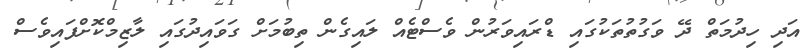
އަދި ހިދުމަތް ދޭ ވަގުތުތަކުގައި ޑްރައިވަރުން ވެސްޓެއް ލައިގެން ތިބުމަށް ގަވައިދުގައި ލާޒިމްކޮށްފައިވެސް